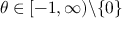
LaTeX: \theta \in [ - 1 , \infty ) \backslash \{ 0 \}